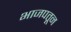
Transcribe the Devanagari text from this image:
भाजपतून